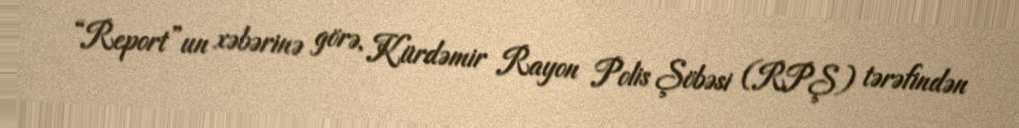
“Report”un xəbərinə görə, Kürdəmir Rayon Polis Şöbəsi (RPŞ) tərəfindən